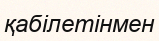
қабілетінмен